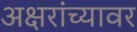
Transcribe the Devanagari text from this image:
अक्षरांच्यावर